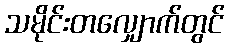
သမိုင်းတလျှောက်တွင်